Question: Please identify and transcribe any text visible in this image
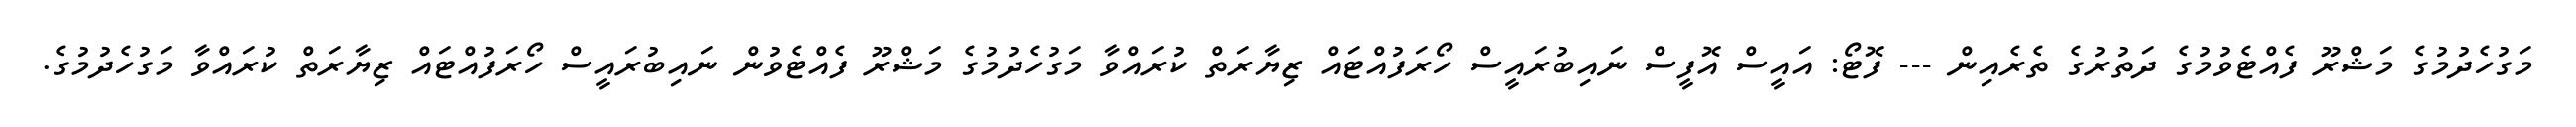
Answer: މަގުހެދުމުގެ މަޝްރޫ ފެއްޓެވުމުގެ ދަތުރުގެ ތެރެއިން --- ފޮޓޯ: އައީސް އޮފީސް ނައިބުރައީސް ހޯރަފުއްޓައް ޒިޔާރަތް ކުރައްވާ މަގުހެދުމުގެ މަޝްރޫ ފެއްޓެވުން ނައިބުރައީސް ހޯރަފުއްޓައް ޒިޔާރަތް ކުރައްވާ މަގުހެދުމުގެ.